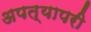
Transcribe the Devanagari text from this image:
अपत्यापरी